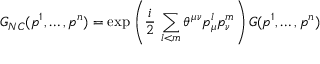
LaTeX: G _ { N C } ( p ^ { 1 } , \dots , p ^ { n } ) = \exp \left( \frac { i } { 2 } \, \sum _ { l < m } \theta ^ { \mu \nu } p _ { \mu } ^ { l } p _ { \nu } ^ { m } \right) G ( p ^ { 1 } , \dots , p ^ { n } )